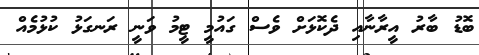
ބޮޑު ބާރު އީރާނާއި ދެކޮޅަށް ވެސް ގައުމީ ޓީމު ވަނީ ރަނގަޅު ކުޅުމެއް